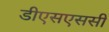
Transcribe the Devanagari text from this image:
डीएसएससी